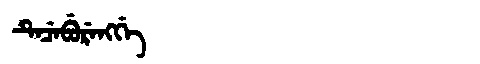
Manchu: ᡨᡝᠴᡝᠪᡠᡵᡝᠩᡤᡝ
Romanization: TECEBURENGGE